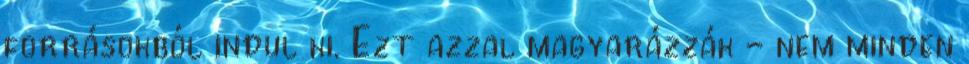
forrásokból indul ki. Ezt azzal magyarázzák - nem minden